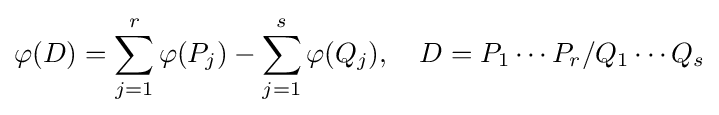
\varphi (D)=\sum _{j=1}^{r}\varphi (P_{j})-\sum _{j=1}^{s}\varphi (Q_{j}),\quad D=P_{1}\cdots P_{r}/Q_{1}\cdots Q_{s}